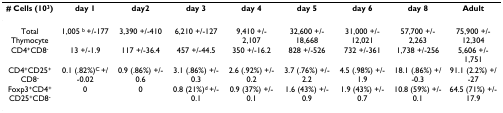
| # Cells (103) | day 1 | day2 | day 3 | day 4 | day 5 | day 6 | day 8 | Adult |
 | --- | --- | --- | --- | --- | --- | --- | --- | --- |
 | Total Thymocyte | 1,005 b +/-177 | 3,390 +/-410 | 6,210 +/-127 | 9,410 +/-2,107 | 32,600 +/-18,668 | 31,000 +/-12,021 | 57,700 +/-2,263 | 75,900 +/-12,304 |
 | CD4+CD8- | 13 +/-1.9 | 117 +/-36.4 | 457 +/-44.5 | 350 +/-16.2 | 828 +/-526 | 732 +/-361 | 1,738 +/-256 | 5,606 +/-1,751 |
 | CD4+CD25+CD8- | 0.1 (.82%)C +/-0.02 | 0.9 (.86%) +/-0.6 | 3.1 (.86%) +/-0.3 | 2.6 (.92%) +/-0.2 | 3.7 (.76%) +/-2.2 | 4.5 (.98%) +/-1.9 | 18.1 (.86%) +/-0.3 | 91.1 (2.2%) +/-27 |
 | Foxp3+CD4+CD25+CD8- | 0 | 0 | 0.8 (21%)d +/-0.1 | 0.9 (37%) +/-0.1 | 1.6 (43%) +/-0.9 | 1.9 (43%) +/-0.7 | 10.8 (59%) +/-0.1 | 64.5 (71%) +/-17.9 |